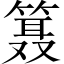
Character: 𱸗